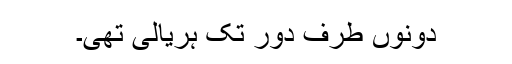
دونوں طرف دور تک ہریالی تھی۔